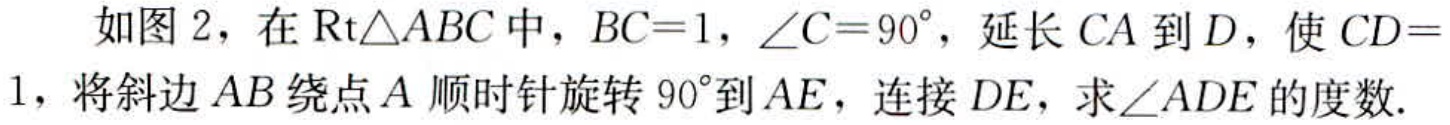
如图 2，在$\text{Rt}\triangle ABC$中，$BC = 1$，$\angle C = 90^{\circ}$，延长$CA$到$D$，使$CD = 1$，将斜边$AB$绕点$A$顺时针旋转$90^{\circ}$到$AE$，连接$DE$，求$\angle ADE$的度数.